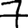
Digit: 7